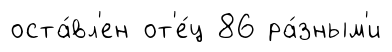
оста́вл'ен от'е́ц 86 ра́зным'и